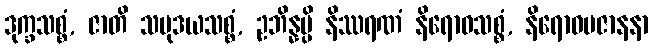
ဒုက္ခသစ္စံ, ဇာတိ သမုဒယသစ္စံ, ဥဘိန္နမ္ပိ နိဿရဏံ နိရောဓသစ္စံ, နိရောဓပဇာနနာ